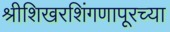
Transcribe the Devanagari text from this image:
श्रीशिखरशिंगणापूरच्या